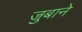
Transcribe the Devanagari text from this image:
जुबाने